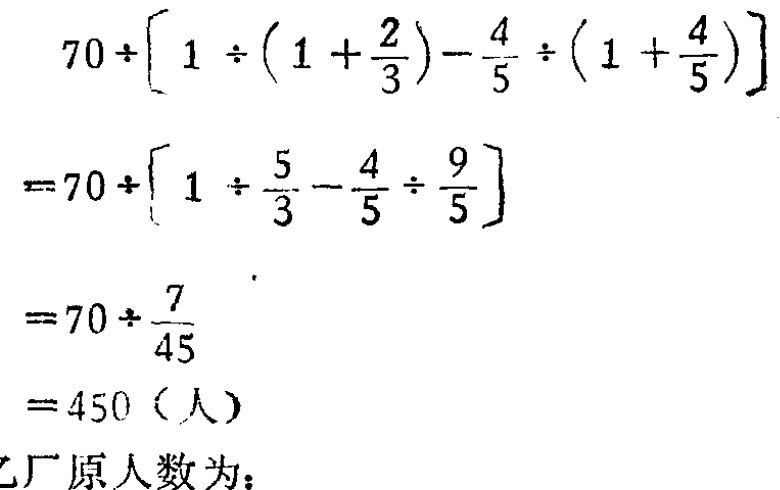
12. 已知球心\(C(1,1,2)\)，球的一条直径的一个端点为\(A(-1,2,2)\)，则该球的

表面积为  ；体积为  ；该直径的另一个端点的坐标为

  ；表示球面的方程为  ．